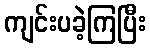
ကျင်းပခဲ့ကြပြီး